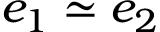
e _ { 1 } \simeq e _ { 2 }